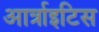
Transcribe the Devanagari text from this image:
आर्त्राइटिस